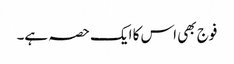
فوج بھی اس کا ایک حصہ ہے۔